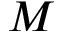
M